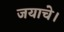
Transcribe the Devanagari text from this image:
जयाचे।